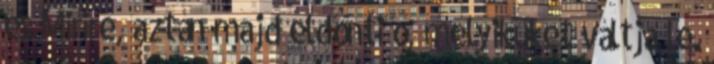
és Mirire, aztán majd eldönti ő, melyiküket váltja le.